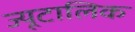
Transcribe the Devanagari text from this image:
ज्यूटालिक